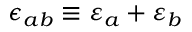
\epsilon _ { a b } \equiv \varepsilon _ { a } + \varepsilon _ { b }